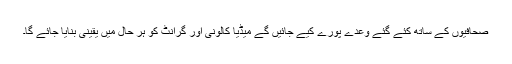
صحافیوں کے ساتھ کئے گئے وعدے پورے کیے جائیں گے میڈیا کالونی اور گرانٹ کو ہر حال میں یقینی بنایا جائے گا۔